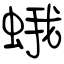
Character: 蛾